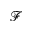
\mathcal { F }